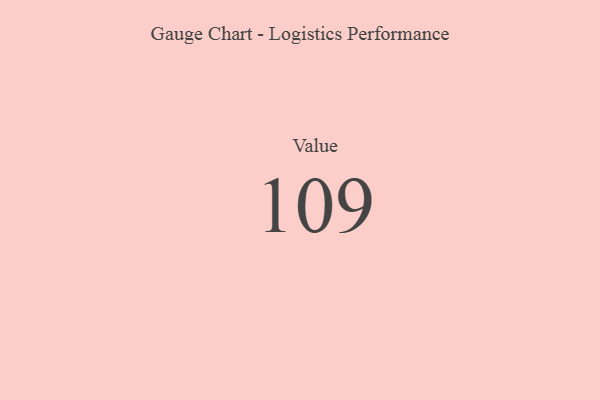
{"axis": {"x": "Metric", "y": "Value"}, "legend": [""], "data": [{"x": "Value", "y": 109, "type": ""}]}